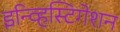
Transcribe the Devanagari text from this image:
इन्व्हिस्टिगेशन